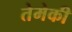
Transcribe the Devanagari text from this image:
तेमेकी